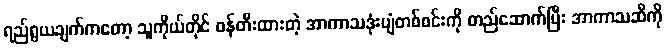
ရည်ရွယချက်ကတော့ သူကိုယ်တိုင် ဖန်တီးထားတဲ့ အာကာသဒုံးပျံတစ်စင်းကို တည်ဆောက်ပြီး အာကာသဆီကို